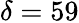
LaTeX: \delta=59